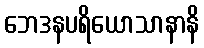
ဘေဒနပရိယောသာနာနိ